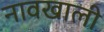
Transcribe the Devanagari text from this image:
नावखाली